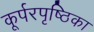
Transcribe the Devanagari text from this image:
कूर्परपृष्ठिका